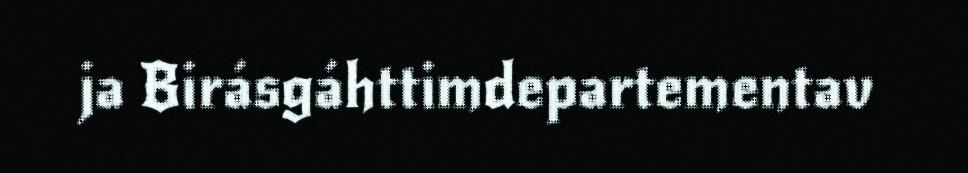
ja Birásgáhttimdepartementav